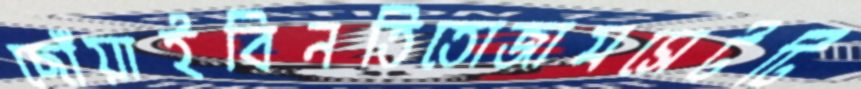
ছোঁয়াইবিনতিতোজামসেটটি